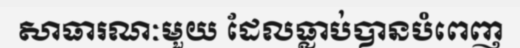
សាធារណៈមួយ ដែលធ្លាប់បានបំពេញ